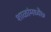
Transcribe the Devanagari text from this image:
शाळांमध्ये७